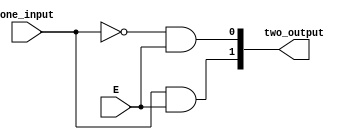
module one_to_two_decoder(
        input E,
		input one_input,  //default one bit
		output [1:0] two_output
    );
    
    and(two_output[0], ~one_input, E);
    and(two_output[1], one_input, E);
    
    
endmodule